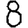
Digit: 8